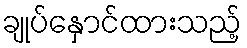
ချုပ်နှောင်ထားသည့်